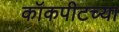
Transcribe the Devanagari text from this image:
कॉकपीटच्या